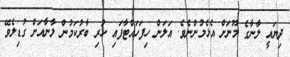
ދިޔައީ ލާނާގެ މޫނަށް އެޅެމުންނެވެ. އަލަން ހިފަހައްޓާފައި ހުރި ބާރުކަމުން ލާނާއަށް ގުޑިލެވޭ